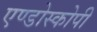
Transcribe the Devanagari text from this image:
एण्डोस्कोपी